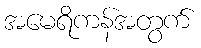
အမေရိကန်အတွက်